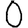
Digit: 0